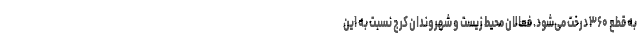
به قطع ۳۶۰ درخت می‌شود. فعالان محیط زیست و شهروندان کرج نسبت به این